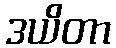
ဒယိတာ